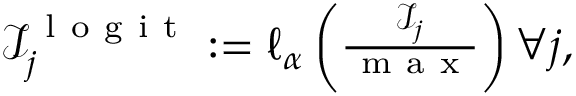
\begin{array} { r } { \mathcal I _ { j } ^ { \mathrm { ~ l ~ o ~ g ~ i ~ t ~ } } : = \ell _ { \alpha } \left( \frac { \mathcal I _ { j } } { \mathrm { ~ m ~ a ~ x ~ } } \right) \forall j , } \end{array}